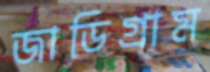
জাডিগ্রাম